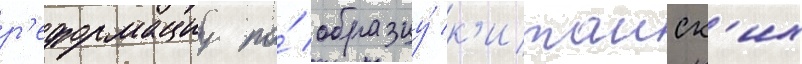
р'еформациу по́ образцу́ к'итаиск'их